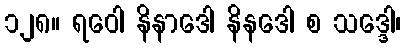
၁၂၈။ ရဝေါ နိနာဒေါ နိနဒေါ စ သဒ္ဒေါ၊